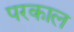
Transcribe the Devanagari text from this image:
परकाल